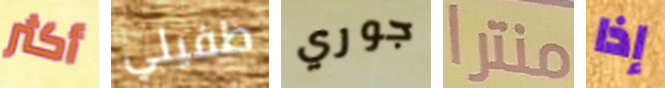
أكثر طفيلي جوري منترا إذا